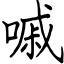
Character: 嘁